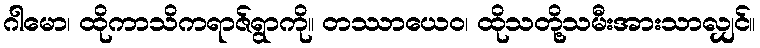
ဂါမော၊ ထိုကာသိကရာဇ်ရွာကို။ တဿာယေဝ၊ ထိုသတို့သမီးအားသာလျှင်။